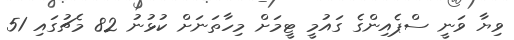
ވިޔާ ވަނީ ސްޕެއިންގެ ގައުމީ ޓީމަށް މިހާތަނަށް ކުޅުނު 82 މެޗުގައި 51